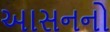
આસનનો